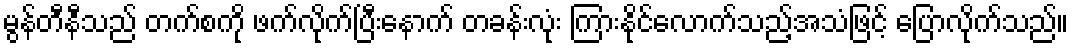
မွန်တီနီသည် တက်စကို ဖက်လိုက်ပြီးနောက် တခန်းလုံး ကြားနိုင်လောက်သည့်အသံဖြင့် ပြောလိုက်သည်။